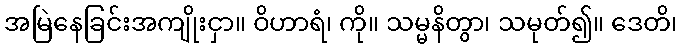
အမြဲနေခြင်းအကျိုးငှာ။ ဝိဟာရံ၊ ကို။ သမ္မနိတွာ၊ သမုတ်၍။ ဒေတိ၊